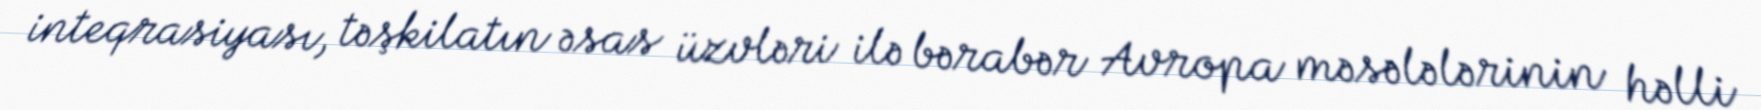
inteqrasiyası, təşkilatın əsas üzvləri ilə bərabər Avropa məsələlərinin həlli